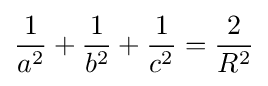
{\frac {1}{a^{2}}}+{\frac {1}{b^{2}}}+{\frac {1}{c^{2}}}={\frac {2}{R^{2}}}